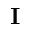
\mathbf { I }